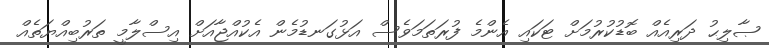
ޞާލިޙު ދަރިއެއް ބޮޑުކުރުމަށް ޓަކައި އެންމެ ފުރަތަމަވެސް އަޅުގަނޑުމެން އެކުއްޖާއަށް އިސްލާމީ ތަރުބިއްޔަތެއް